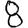
Digit: 8